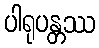
ပါရုပန္တဿ